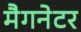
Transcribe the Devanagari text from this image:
मैगनेटर